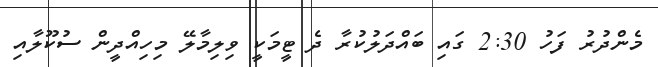
މެންދުރު ފަހު 2:30 ގައި ބައްދަލުކުރާ ދެ ޓީމަކީ ވިލިމާލޭ މިހިއްދީން ސުކޫލާއި